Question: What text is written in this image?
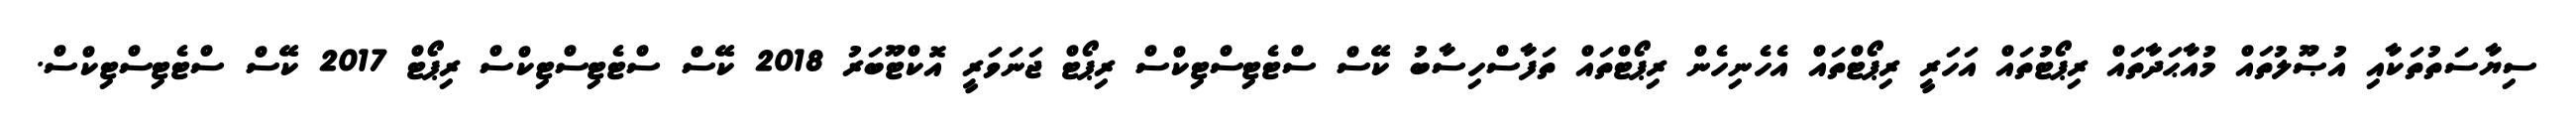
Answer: ސިޔާސަތުތަކާއި އުޞޫލުތައް މުއާޙަދާތައް ރިޕޯޓުތައް އަހަރީ ރިޕޯޓްތައް އެހެނިހެން ރިޕޯޓްތައް ތަފާސްހިސާބު ކޭސް ސްޓެޓިސްޓިކްސް ރިޕޯޓް ޖަނަވަރީ އޮކްޓޫބަރު 2018 ކޭސް ސްޓެޓިސްޓިކްސް ރިޕޯޓް 2017 ކޭސް ސްޓެޓިސްޓިކްސް.